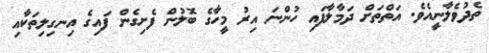
ތެދުވެލާނީއެވެ. އަތްތަށް ދަމާލާފައި ހުންނަ އިރު މީހާގެ ބޮލުން ފެށިގެން ފައިގެ އިނގިލިތަކާއި